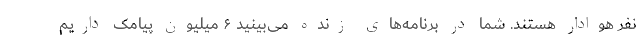
نفر هوادار هستند. شما در برنامه‌های زنده می‌بینید ۶ میلیون پیامک داریم